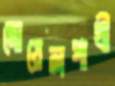
দোয়েলপাখী